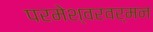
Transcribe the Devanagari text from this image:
परमेश्वरवर्मन